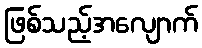
ဖြစ်သည့်အလျောက်